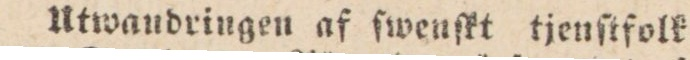
Utwandringen af ſwenſkt tjenſtfolk